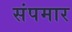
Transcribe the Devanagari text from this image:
संपमार